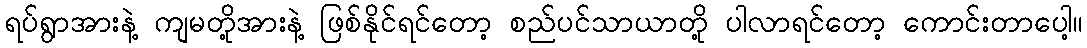
ရပ်ရွာအားနဲ့ ကျမတို့အားနဲ့ ဖြစ်နိုင်ရင်တော့ စည်ပင်သာယာတို့ ပါလာရင်တော့ ကောင်းတာပေါ့။